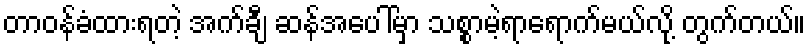
တာဝန်ခံထားရတဲ့ အက်ချီ ဆန်အပေါ်မှာ သစ္စာမဲ့ရာရောက်မယ်လို့ တွက်တယ်။